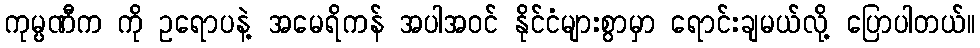
ကုမ္ပဏီက ကို ဥရောပနဲ့ အမေရိကန် အပါအဝင် နိုင်ငံများစွာမှာ ရောင်းချမယ်လို့ ပြောပါတယ်။